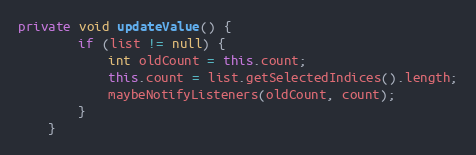
Language: Java
private void updateValue() {
        if (list != null) {
            int oldCount = this.count;
            this.count = list.getSelectedIndices().length;
            maybeNotifyListeners(oldCount, count);
        }
    }